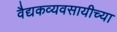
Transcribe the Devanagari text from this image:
वैद्यकव्यवसायीच्या